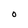
Character: O